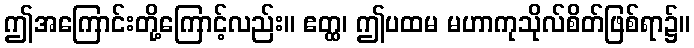
ဤအကြောင်းတို့ကြောင့်လည်း။ ဧတ္ထ၊ ဤပထမ မဟာကုသိုလ်စိတ်ဖြစ်ရာ၌။